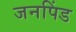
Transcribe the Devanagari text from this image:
जनपिंड